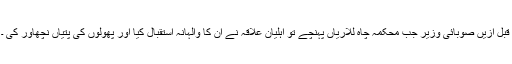
قبل ازیں صوبائی وزیر جب محکمہ چاہ للاریاں پہنچے تو اہلیان علاقہ نے ان کا والہانہ استقبال کیا اور پھولوں کی پتیاں نچھاور کی ۔